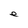
Character: e